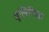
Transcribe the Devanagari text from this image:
बुलिमिक